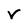
Character: v